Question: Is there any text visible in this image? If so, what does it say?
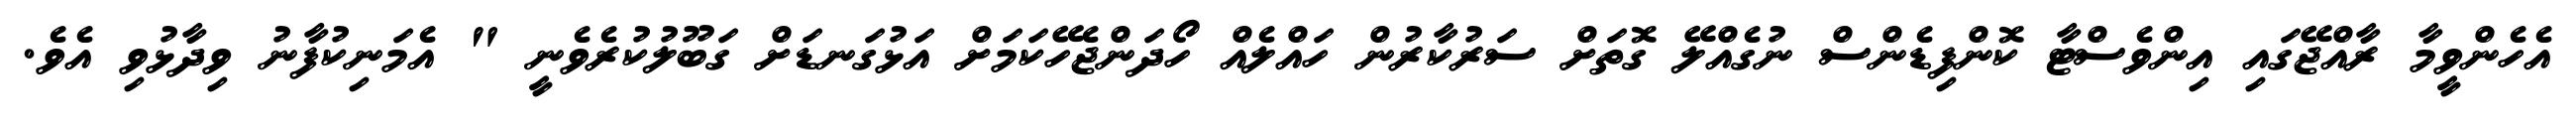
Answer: އެހެންވީމާ ރާއްޖޭގައި އިންވެސްޓާ ކޮންފިޑެންސް ނުގެއްލޭ ގޮތަށް ސަރުކާރުން ހައްލެއް ހޯދަންޖެހޭކަމަށް އަޅުގަނޑަށް ގަބޫލުކުރެވެނީ " އެމަނިކުފާނު ވިދާޅުވި އެވެ.